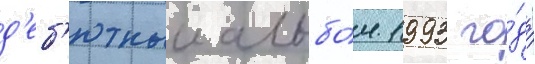
д'еб'ютныи альбо́м 1993 го́да